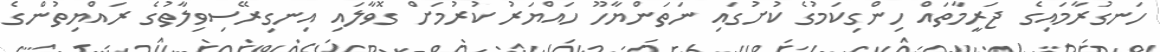
ހަނގުރާމައިގެ ޖަރީމާތައް ހިންގިކަމުގެ ކުށުގައި ނަތަންޔާހޫ ހައްޔަރު ކުރުމަށް ގޮވާލައި އިނގިރޭސިވިލާތުގެ ރައްޔިތުންގެ